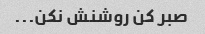
صبر کن روشنش نکن...